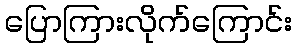
ပြောကြားလိုက်ကြောင်း